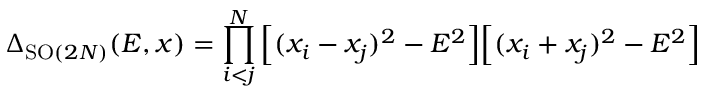
\Delta _ { \mathrm { S O } ( 2 N ) } ( E , x ) = \prod _ { i < j } ^ { N } \Big [ ( x _ { i } - x _ { j } ) ^ { 2 } - E ^ { 2 } \Big ] \Big [ ( x _ { i } + x _ { j } ) ^ { 2 } - E ^ { 2 } \Big ]